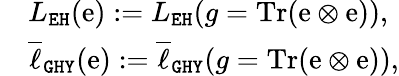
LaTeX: \begin{array}{rl}&{L_{\mathtt{EH}}(\mathrm{e}):=L_{\mathtt{EH}}(g=\mathrm{Tr}(\mathrm{e}\otimes\mathrm{e})),}\\ &{\overline{{\ell}}_{\mathtt{GHY}}(\mathrm{e}):=\overline{{\ell}}_{\mathtt{GHY}}(g=\mathrm{Tr}(\mathrm{e}\otimes\mathrm{e})),}\end{array}